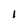
Character: 1